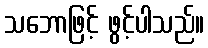
သဘောဖြင့် ဖွင့်ပါသည်။